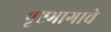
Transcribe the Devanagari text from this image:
पृष्टभागाचे